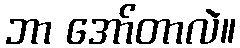
ဘာ အော်တာလဲ။